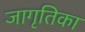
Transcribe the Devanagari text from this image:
जागृतिका